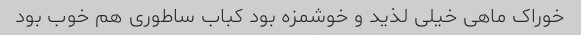
خوراک ماهی خیلی لذید و خوشمزه بود کباب ساطوری هم خوب بود